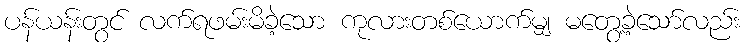
ပန်ယန်းတွင် လက်ရဖမ်းမိခဲ့သော ကုလားတစ်ယောက်မျှ မတွေ့ခဲ့သော်လည်း